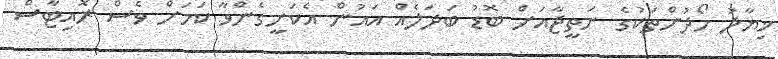
ޚިޔާލު ހޯދުންތަކުގެ ނަތީޖާއަށް ބޮޑު ބަދަލެއް އައުން އެކަށީގެންވާ ކަމަށް ވެސް ރޮއިޓާސް